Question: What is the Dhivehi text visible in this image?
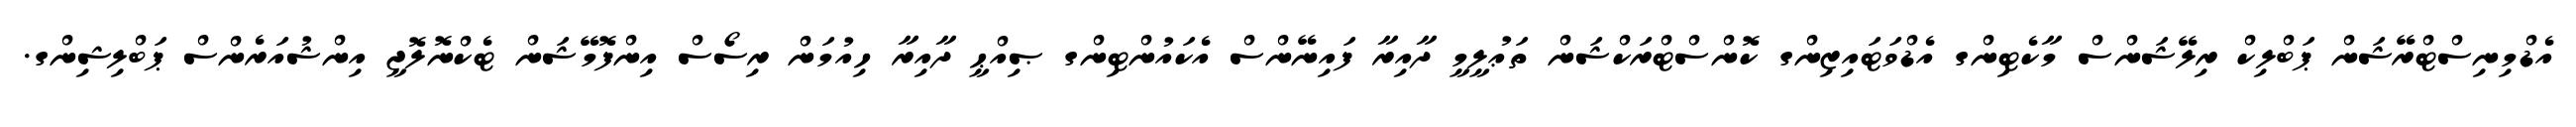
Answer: އެޑްމިނިސްޓްރޭޝަން ޕަބްލިކް ރިލޭޝަންސް މާކެޓިންގ އެޑްވަޓައިޒިންގ ކޮންސްޓްރަކްޝަން ތަޢުލީމީ ދާއިރާ ފައިނޭންސް އެކައުންޓިންގ ޞިއްޙީ ދާއިރާ ހިއުމަން ރިސޯސް އިންފޮމޭޝަން ޓެކްނޮލޮޖީ އިންޝުއަރެންސް ޕަބްލިޝިންގ.